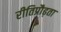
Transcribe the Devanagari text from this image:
रीतिप्रौढ़ता